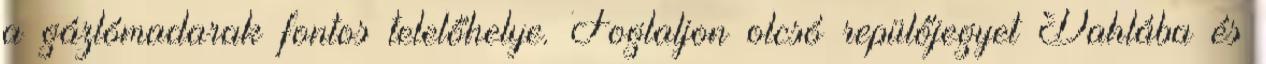
a gázlómadarak fontos telelőhelye. Foglaljon olcsó repülőjegyet Dahlába és